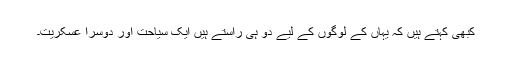
کبھی کہتے ہیں کہ یہاں کے لوگوں کے لیے دو ہی راستے ہیں ایک سیاحت اور دوسرا عسکریت۔